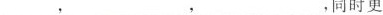
\underline{}同时更